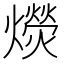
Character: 𰟭